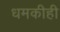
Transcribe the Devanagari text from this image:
धमकीही